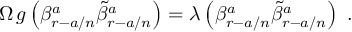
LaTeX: \Omega \, g \left( \beta _ { r - a / n } ^ { a } \tilde { \beta } _ { r - a / n } ^ { a } \right) = \lambda \left( \beta _ { r - a / n } ^ { a } \tilde { \beta } _ { r - a / n } ^ { a } \right) \, \, .